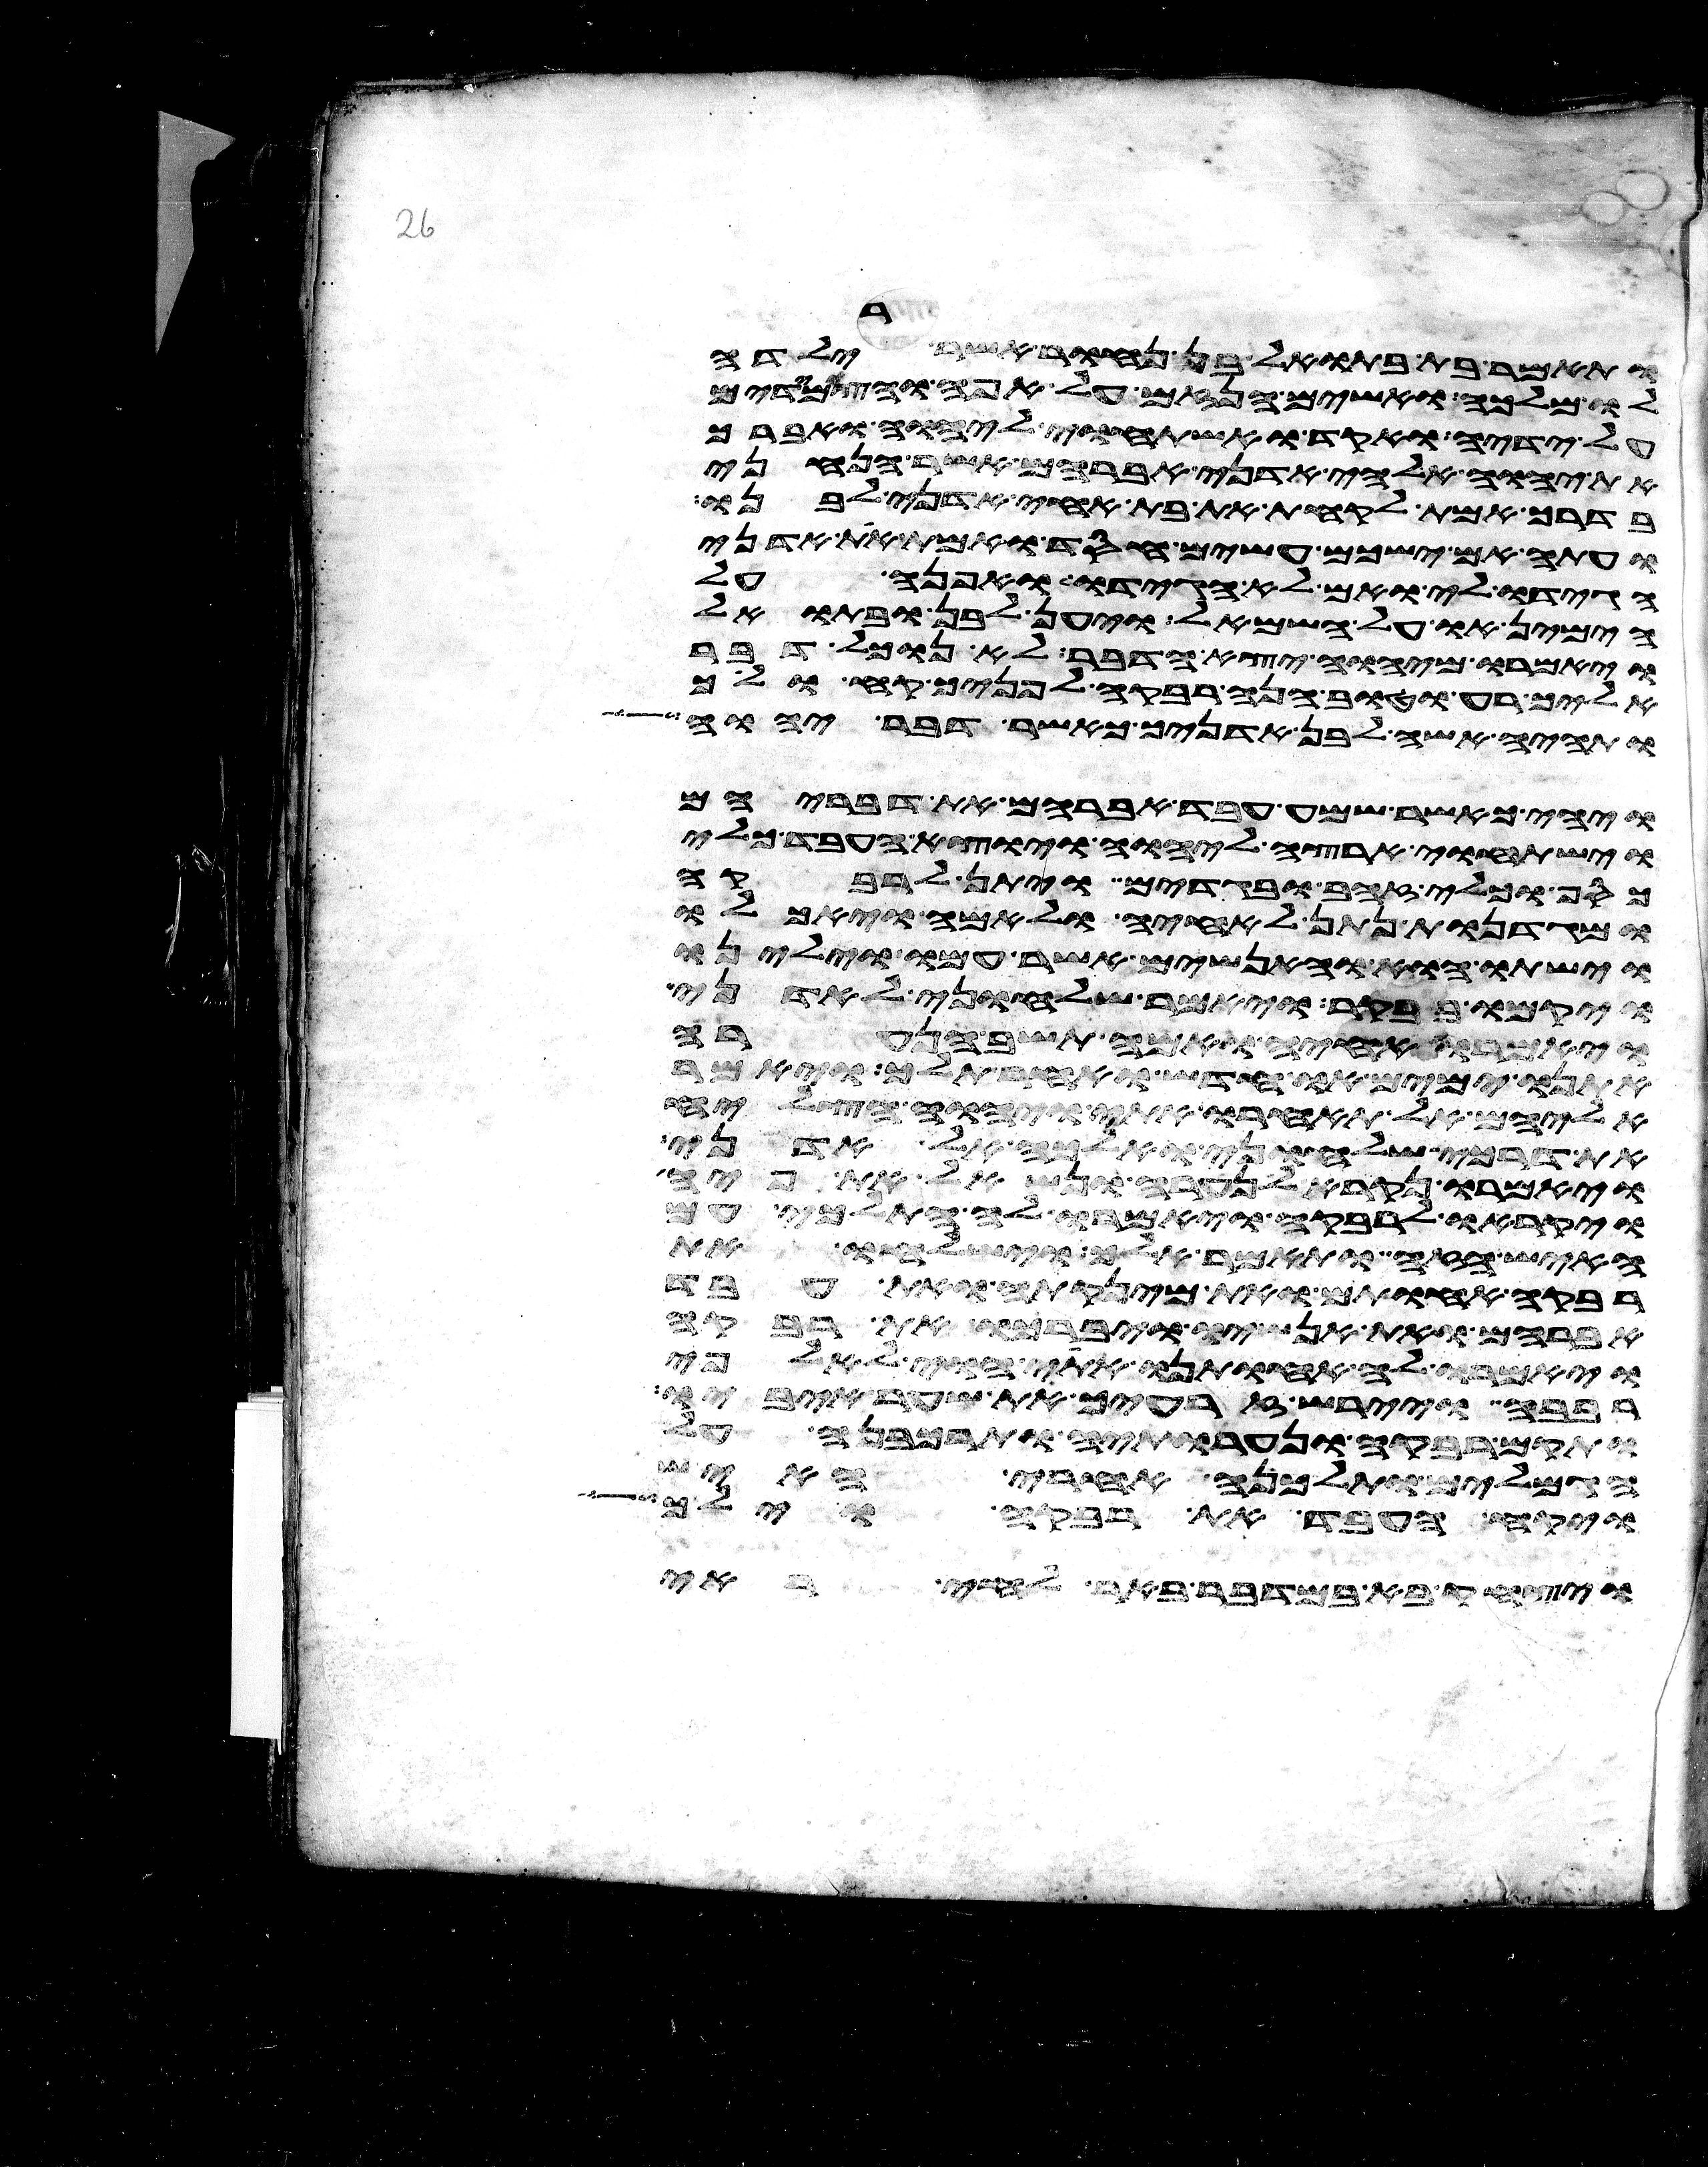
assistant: ותאמר בת בתואל בן נחור אשר ילדה
לו מלכה ואשים הנזם על אפה והצמידים
על ידיה ואקד ואשתחוי ליהוה ואברך
את יהוה אלהי אדני אברהם אשר הנחני
בדרך אמת לקחת את בת אחי אדני לבנו
ועתה אם ישכם עשים חסד ואמת את אדני
הגידו לי ואם לא הגידו לי ואפנה על
הימין או על השמאל ויען לבן ובתואל
ויאמרו מיהוה יצא הדבר לא נוכל דבר
אליך רע וטוב הנה רבקה לפניך קח ולך
ותהי אשה לבן אדניך כאשר דבר יהוה
ויהי כאשר שמע עבד אברהם את דבריהם
וישתחוי ארצה ליהוה ויוצא העבד כלי
כסף וכלי זהב ובגדים ויתן לרבקה
ומגדנות נתן לאחיה ולאמה ויאכלו
וישתו הוא והאנשים אשר עמו וילינו
ויקמו בבקר ויאמר שלחוני לאדני
ויאמרו אחיה ואמה תשב הנערה
אתנו ימים או חדש ואחר תלך ויאמר
אליהם אל תאחרו אתי ויהוה הצליח
את דרכי שלחוני ואלכה אל אדני
ויאמרו נקרא לנערה ונשאל את פיה
ויקראו לרבקה ויאמרו לה התלכי עם
האיש הזה ותאמר אלך וישלחו את
רבקה אחותם ואת מינקתה ואת עבד
אברהם ואת אנשיו ויברכו את רבקה
ויאמרו לה אחותנו אתי הוי לאלפי
רבבה ויירש זרעיך את שער איביו
ותקם רבקה ונערתיה ותרכבנה על
הגמלים ותלכנה אחרי האיש
ויקח העבד את רבקה וילך
ויצחק בא במדבר באר לחי ראה